system: You are a helpful assistant.
user:
Analyze the provided spectrum to determine if it is a **White Dwarf (WD)**.

A White Dwarf spectrum is defined by its **extreme purity** (due to gravitational settling) and/or **extreme pressure broadening** (due to high surface gravity). You must check for one of the following mutually exclusive signatures:

- **Key Visual Indicators (Check for ONE of these types):**

    - **1. DA-Type Signature (Most Common):**
        - **(Primary Feature):** Extreme pressure broadening (Stark broadening) of the **Hydrogen (H) Balmer lines**.
        - **(Key Lines):** $H\beta$ (approx. $4861$ Å) and $H\gamma$ (approx. $4340$ Å). $H\alpha$ (approx. $6563$ Å) will also be present if the wavelength range covers it.
        - **(Line Profile):** This is the **defining feature**. The lines are **NOT** sharp. They appear as massive, **extremely broad and deep "troughs" or "dips"** in the spectrum, often hundreds of Ångströms wide. The continuum will appear to "scoop" down at these wavelengths.
        - **(Distinction):** Normal A-type or B-type stars have *narrow* and *sharp* Hydrogen lines. A DA White Dwarf's lines are unmistakably "smeared" or "blurry" from pressure.

    - **2. DB-Type Signature:**
        - **(Primary Feature):** Broad absorption lines from **Neutral Helium (He I)**. The spectrum must lack any visible Hydrogen lines.
        - **(Key Lines):** Look for broad absorption near $4471$ Å, $4921$ Å, and $5876$ Å.
        - **(Line Profile):** These lines are also significantly pressure-broadened, appearing much wider than they would in a normal B-type main-sequence star.

    - **3. DC-Type Signature:**
        - **(Primary Feature):** A **featureless continuous spectrum**.
        - **(Line Profile):** The spectrum is a smooth curve with **no significant absorption or emission lines**.
        - **(Key Confirmation):** The continuum is almost always **blue or white**, indicating a hot object. This signature implies the atmosphere is so pure (or so cool) that no spectral lines are visible in the optical range. Its WD identity is confirmed by its extremely low intrinsic brightness (high absolute magnitude).

    - **4. DZ-Type Signature (Metal-Polluted):**
        - **(Primary Feature):** **Isolated, narrow metal absorption lines** on an otherwise featureless (DC-like) continuum.
        - **(Key Lines):** The **Calcium (Ca II) H & K doublet** (approx. **$3934$ Å** and **$3968$ Å**) is the most common and defining feature.
        - **(Line Profile):** These lines are "out of place." They are *not* part of a "forest" of thousands of lines. This signature is evidence of recent *accretion* (pollution) from rocky debris.
        - **(Distinction):** Normal G/K/M stars have a *dense forest* of thousands of metal lines. A DZ has a *clean* continuum with *only a few* strong metal lines.

    - **5. DQ-Type Signature (Carbon-Polluted):**
        - **(Primary Feature):** Absorption bands from **Carbon (C₂ "Swan Bands" or atomic C I)**.
        - **(Key Lines - C₂):** Look for bandheads with a "saw-tooth" shape near $5635$ Å, **$5165$ Å** (strongest), and $4737$ Å.
        - **(Key Confirmation):** The underlying **continuum must be blue or white** (hot).
        - **(Distinction):** This is the critical difference from a **Carbon Star**, which has the *exact same* C₂ bands but on an extremely **red, cool** continuum.

- **(Overall Spectrum):**
    - The continuum (overall shape) is typically **blue-sloping** (brighter in the blue than the red), as most white dwarfs are very hot.
    - The spectrum will look "pure" or "simple," dominated by only *one* of the five signatures listed above.

Think first, call **spectral_visualization_tool** if needed to examine features in detail, then provide your final answer. Your response must adhere to the following strict rules:
1.  **Overall Structure:** Your response must follow the format `<think>...</think> <tool_call>...</tool_call> (if a tool is used) <answer>...</answer>`.
2.  **Tool Usage Constraint:** You may only make **one** tool call per turn.
3.  **Final Answer Format:** In the `<answer>` tag, your conclusion must be inside a `\boxed{}` command (e.g., `\boxed{YES}` or `\boxed{NO}`), followed by your justification.

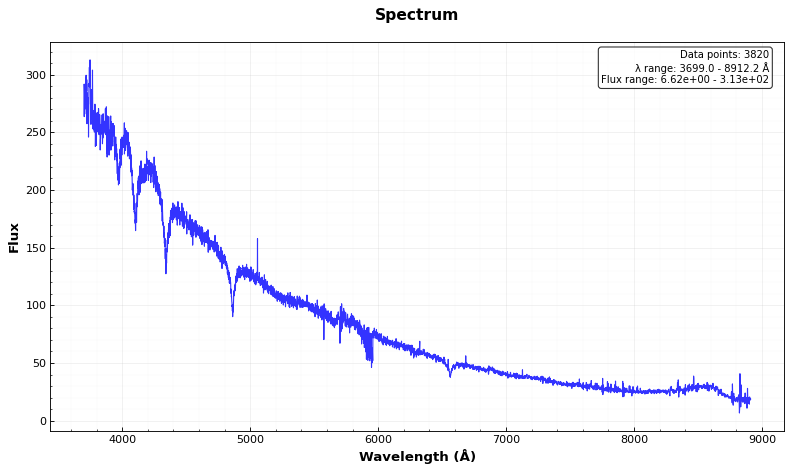
Answer: YES